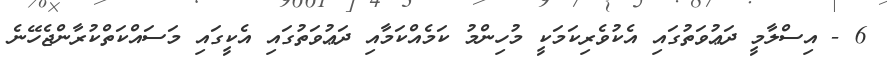
6 - އިސްލާމީ ދަޢުވަތުގައި އެކުވެރިކަމަކީ މުހިންމު ކަމެއްކަމާއި ދަޢުވަތުގައި އެކީގައި މަސައްކަތްކުރާންޖެހޭނެ